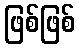
ဖြစ်ဖြစ်